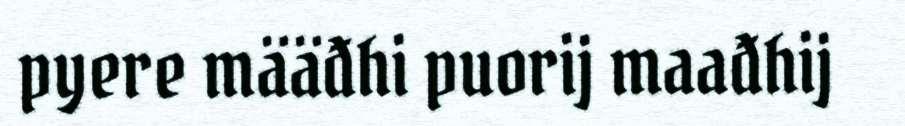
pyere määđhi puorij maađhij